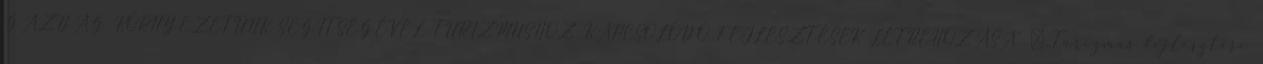
GAZDAG KÖRNYEZETÜNK SEGÍTSÉGÉVEL TURIZMUSHOZ KAPCSOLÓDÓ FEJLESZTÉSEK LÉTREHOZÁSA” ▪„Turizmus fejlesztése